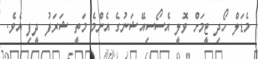
މެޑަލް ހޯދި ޓީމަށް ވޮލީ އެސޯސިއޭޝަނުގެ އެންމެ މަތީ ޝަރަފު ދީފި އެވެ.